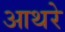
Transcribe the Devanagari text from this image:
आथरे